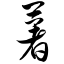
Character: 薯